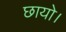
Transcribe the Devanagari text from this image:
छायो।